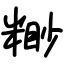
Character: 𥻠